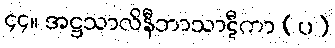
၄၄။ အဋ္ဌသာလိနီဘာသာဋီကာ (ပ)